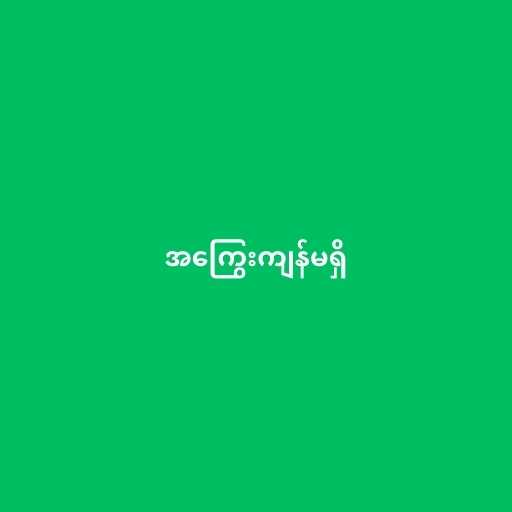
အကြွေးကျန်မရှိ